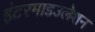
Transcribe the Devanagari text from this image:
इंटरमाडउलेशन